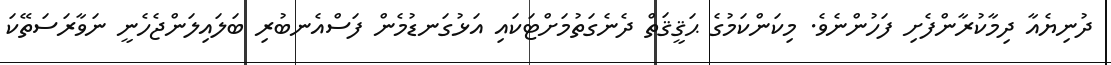
ދުނިޔެއާ ދިމާކުރާންފެށި ފަހުންނެވެ. މިކަންކަމުގެ ޙަޤީޤަތް ދެނެގަތުމަށްޓަކައި އަޅުގަނޑުމެން ފަސްއެނބުރި ބަލައިލަންޖެހެނީ ނަވާރަސަތޭކަ